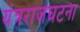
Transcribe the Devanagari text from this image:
यंत्रराजघटना